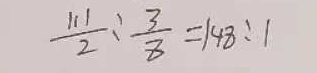
\frac { 1 1 1 } { 2 } : \frac { 3 } { 8 } = 1 4 8 : 1